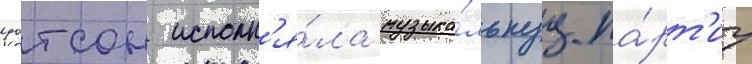
уотсон исполн'я́ла музыка́льнуу па́рт'иу